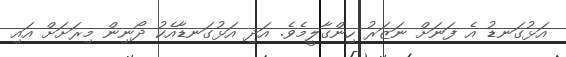
އަޅުގަނޑު އެ ފަނަށް ނަޒަރު ހިންގާލީމެވެ. އަދި އަޅުގަނޑާއެކު ދޯނިން މިރަށަށް އައި